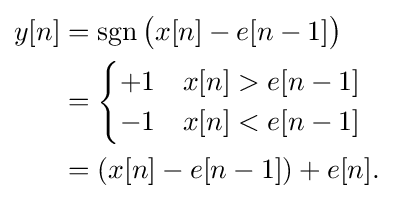
{\begin{aligned}y[n]&=\operatorname {sgn} {\big (}x[n]-e[n-1]{\big )}\\&={\begin{cases}+1&x[n]>e[n-1]\\-1&x[n]<e[n-1]\end{cases}}\\&=(x[n]-e[n-1])+e[n].\\\end{aligned}}